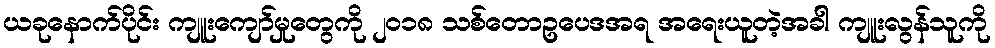
ယခုနောက်ပိုင်း ကျူးကျော်မှုတွေကို ၂၀၁၈ သစ်တောဥပေဒအရ အရေးယူတဲ့အခါ ကျူးလွန်သူကို